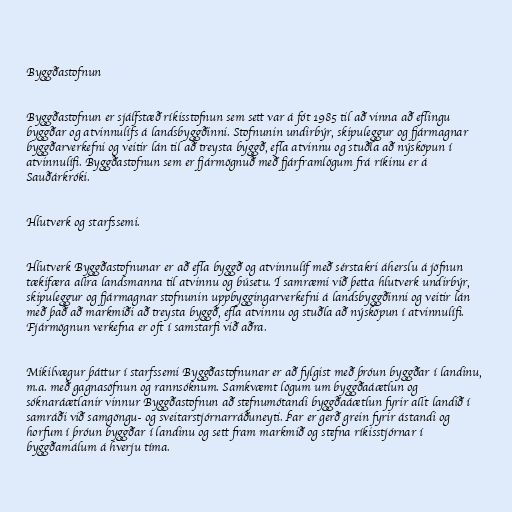
Byggðastofnun

Byggðastofnun er sjálfstæð ríkisstofnun sem sett var á fót 1985 til að vinna að eflingu
byggðar og atvinnulífs á landsbyggðinni. Stofnunin undirbýr, skipuleggur og fjármagnar
byggðarverkefni og veitir lán til að treysta byggð, efla atvinnu og stuðla að nýsköpun í
atvinnulífi. Byggðastofnun sem er fjármögnuð með fjárframlögum frá ríkinu er á
Sauðárkróki.

Hlutverk og starfssemi.

Hlutverk Byggðastofnunar er að efla byggð og atvinnulíf með sérstakri áherslu á jöfnun
tækifæra allra landsmanna til atvinnu og búsetu. Í samræmi við þetta hlutverk undirbýr,
skipuleggur og fjármagnar stofnunin uppbyggingarverkefni á landsbyggðinni og veitir lán
með það að markmiði að treysta byggð, efla atvinnu og stuðla að nýsköpun í atvinnulífi.
Fjármögnun verkefna er oft í samstarfi við aðra.

Mikilvægur þáttur í starfssemi Byggðastofnunar er að fylgist með þróun byggðar í landinu,
m.a. með gagnasöfnun og rannsóknum. Samkvæmt lögum um byggðaáætlun og
sóknaráætlanir vinnur Byggðastofnun að stefnumótandi byggðaáætlun fyrir allt landið í
samráði við samgöngu- og sveitarstjórnarráðuneyti. Þar er gerð grein fyrir ástandi og
horfum í þróun byggðar í landinu og sett fram markmið og stefna ríkisstjórnar í
byggðamálum á hverju tíma.